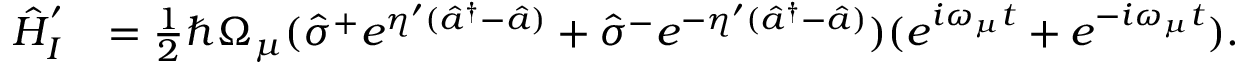
\begin{array} { r l } { \hat { H } _ { I } ^ { ' } } & { = \frac { 1 } { 2 } \hbar \Omega _ { \mu } ( \hat { \sigma } ^ { + } e ^ { \eta ^ { \prime } ( \hat { a } ^ { \dagger } - \hat { a } ) } + \hat { \sigma } ^ { - } e ^ { - \eta ^ { \prime } ( \hat { a } ^ { \dagger } - \hat { a } ) } ) ( e ^ { i \omega _ { \mu } t } + e ^ { - i \omega _ { \mu } t } ) . } \end{array}